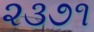
૨૩૭૧